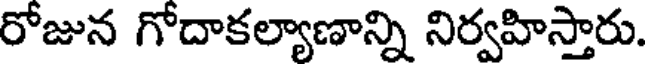
రోజున గోదాకల్యాణాన్ని నిర్వహిస్తారు.